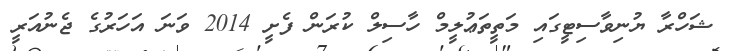
ޝަހްރާ ޔުނިވާސިޓީގައި މަތީތަޢުލީމް ހާސިލް ކުރަން ފެށީ 2014 ވަނަ އަހަރުގެ ޖެނުއަރީ